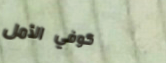
كوفي الأمل